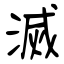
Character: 滅